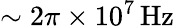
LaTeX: \sim 2\pi\times 10^{7}\, \mathrm{Hz}